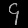
Digit: ၄